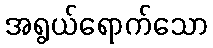
အရွယ်ရောက်သော